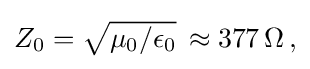
{\textstyle Z_{0}={\sqrt {\mu _{0}/\epsilon _{0}}}\,\approx 377\,\Omega \,,}